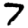
Digit: 7